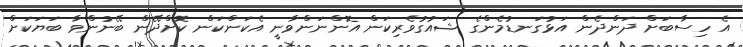
އެ ހިސާބަށް ދަންދެން އަޅުގަނޑުމެންގެ ޝައުގުވެރިކަން އޮންނަންވާނީ އެކަންކަން ކޮށްދޭން ބޭނުންވާ ބަޔަކަށް